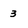
Character: 3